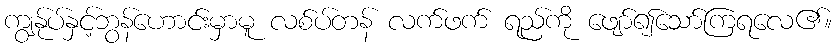
ကျွန်ုပ်နှင့်ဘွန်ဟောင်းမှာမူ လစ်ပ်တန် လက်ဖက် ရည်ကို ဖျော်၍သော်ကြရလေ၏။